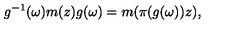
g ^ { - 1 } ( \omega ) m ( z ) g ( \omega ) = m ( \pi ( g ( \omega ) ) z ) ,